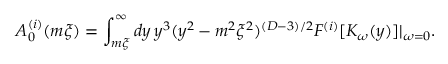
A _ { 0 } ^ { ( i ) } ( m \xi ) = \int _ { m \xi } ^ { \infty } d y \, y ^ { 3 } ( y ^ { 2 } - m ^ { 2 } \xi ^ { 2 } ) ^ { ( D - 3 ) / 2 } F ^ { ( i ) } [ K _ { \omega } ( y ) ] | _ { \omega = 0 } .